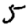
Digit: 5